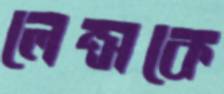
লেন্সকে